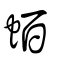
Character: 蛨